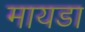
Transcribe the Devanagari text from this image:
मायडा